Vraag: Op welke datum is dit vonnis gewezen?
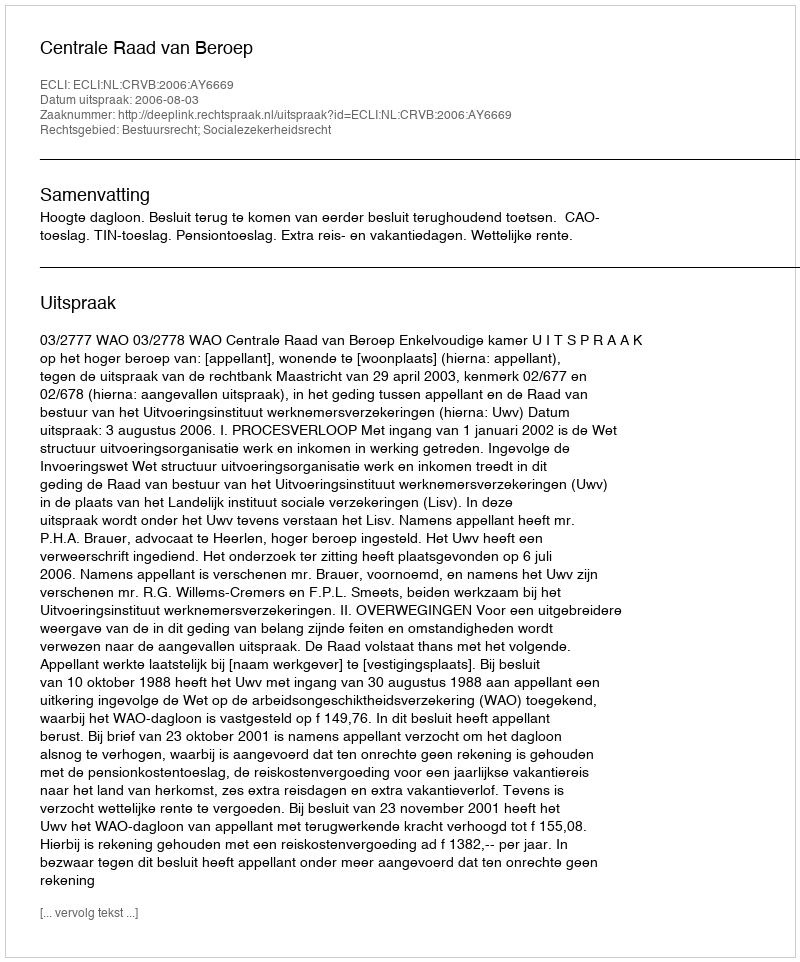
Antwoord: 2006-08-03